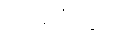
သင်္ခါဒိတွာ